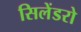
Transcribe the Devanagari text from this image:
सिलेंडरो